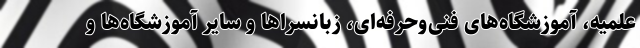
علمیه، آموزشگاه‌های فنی‌وحرفه‌ای، زبانسراها و سایر آموزشگاه‌ها و